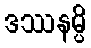
ဒဿနမ္ပိ